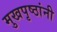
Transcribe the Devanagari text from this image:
मुखपृष्ठांनी